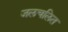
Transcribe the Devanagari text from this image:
जलचलित